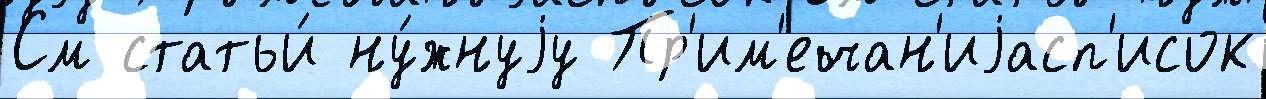
См статьи́ ну́жнуjу Пр'им'ечан'иjасп'исок